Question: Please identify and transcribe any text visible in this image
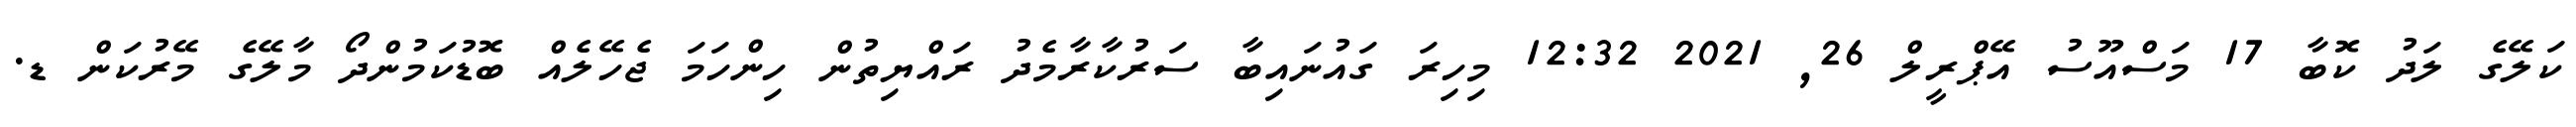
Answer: ކަލޭގެ ލަދު ކޮބާ 17 މަސްއޫސު އޭޕްރީލް 26, 2021 12:32 މިހިރަ ގައުނައިބާ ސަރުކާރާމެދު ރައްޔިތުން ހިންހަމަ ޖެހޭލެއް ބޮޑުކަމުންދޯ މާލޭގެ މޭރުކަން ޑ.